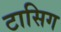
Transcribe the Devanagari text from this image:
टासिग